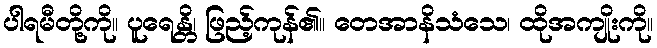
ပါရမီတို့ကို။ ပူရေန္တိ၊ ဖြည့်ကုန်၏။ တေအာနိသံသေ၊ ထိုအကျိုးကို။